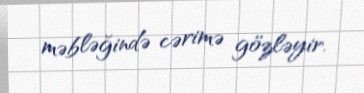
məbləğində cərimə gözləyir.